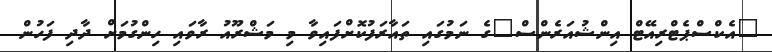
"އެކްސްޕެޓްރިއޭޓް އިންޝުއަރެންސް"ގެ ނަމުގައި ތައާރަފުކޮށްފައިވާ މި މަޝްރޫއު ރާވައި ހިންގުމަށް ދާދި ފަހުން